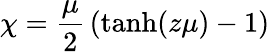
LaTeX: \chi={\frac{\mu}{2}}\left(\mathrm{tanh}(z\mu)-1\right)